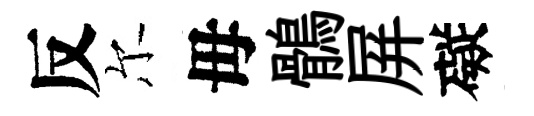
反尔毋鶻屏礙